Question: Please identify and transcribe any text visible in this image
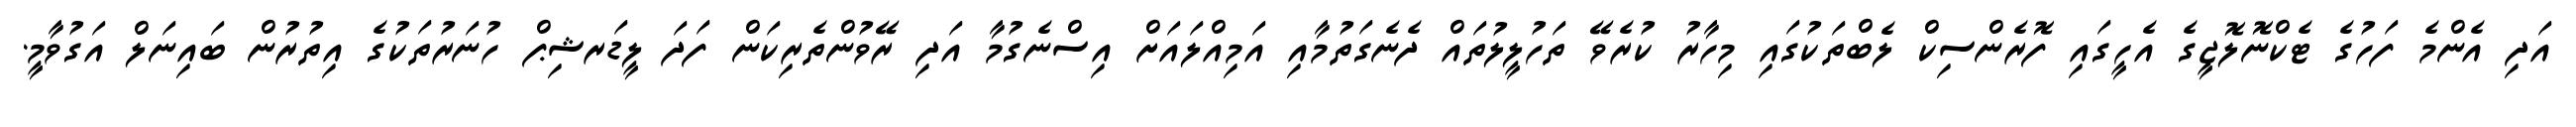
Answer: އަދި އެންމެ ފަހުގެ ޓެކްނޮލޮޖީގެ އެހީގައި ފޮރެންސިކް ލެބްތަކުގައި މިހާރު ކުރެވޭ ތަހުލީލުތައް ދެނެގަތުމާއި އަމިއްލައަށް އިސްނެގުމާ އަދި ރޭވުންތެރިކަން ފަދަ ލީޑަރޝިޕް ހުނަރުތަކުގެ އިތުރުން ބައިނަލް އަގުވާމީ.